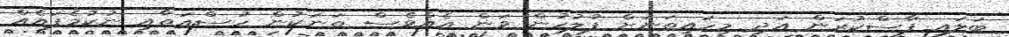
ބަލައި ފާސްކުރަން އަދި މިހައިތަނަށް ފުލުހުން ވަން އެއްވެސް ތަނަކުން ހުސްއަތާއި ނުކުމެފައެއް